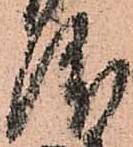
渡